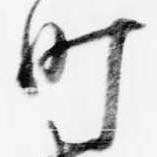
町